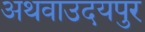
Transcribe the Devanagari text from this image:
अथवाउदयपुर